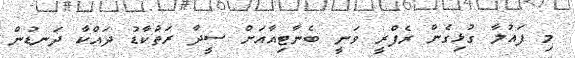
މި ފައުލާ ގުޅިގެން ރެފްރީ ވަނީ ބެނާޓިއާއަށް ސީދާ ރަތްކާޑު ދައްކާ ދަނޑުން